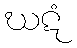
ဃဋံ